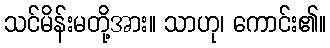
သင်မိန်းမတို့အား။ သာဟု၊ ကောင်း၏။